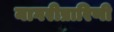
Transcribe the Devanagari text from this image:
नागरीप्रारिणी